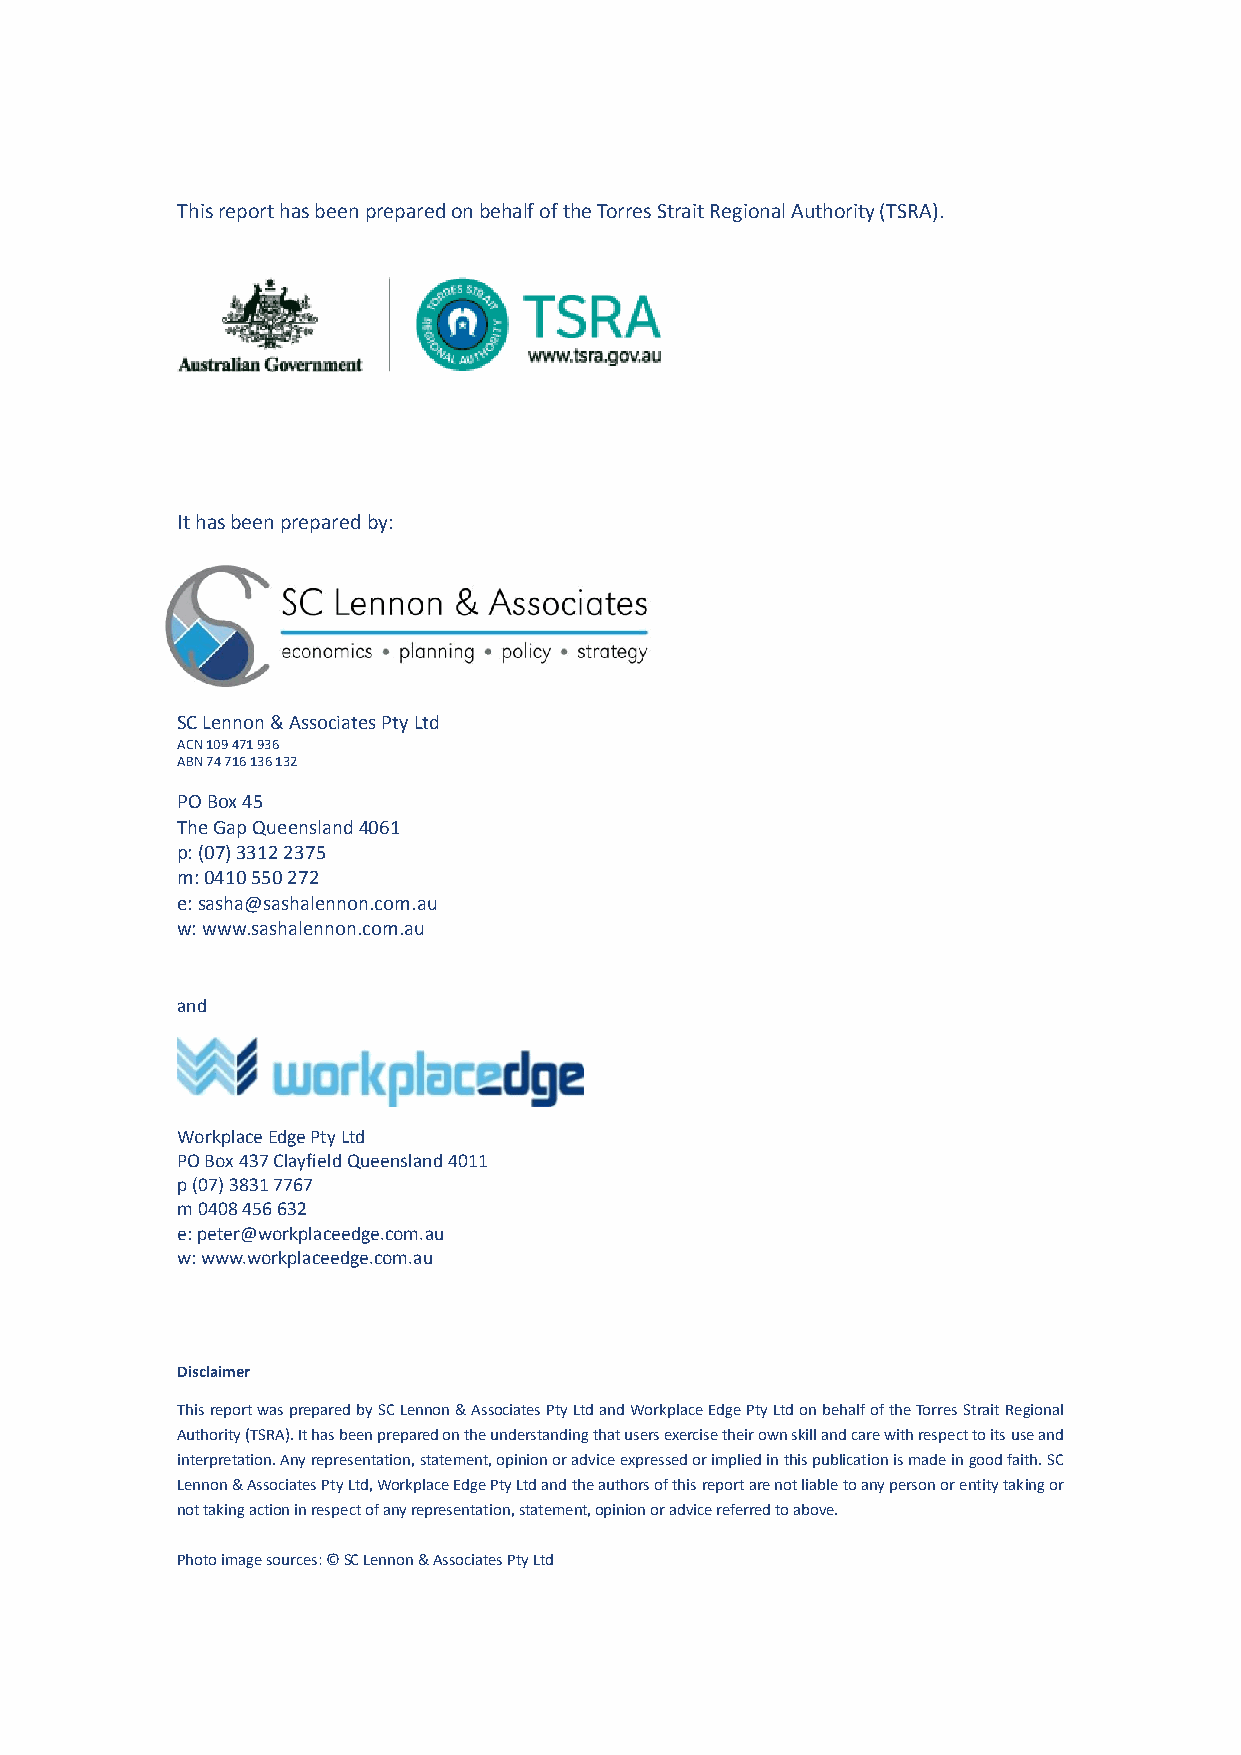
Page 2
 This report has been prepared on behalf of the Torres Strait Regional Authority (TSRA).
 It has been prepared by:
 SC Lennon & Associates Pty Ltd
 ACN 109 471 936
 ABN 74 716 136 132
 PO Box 45
 The Gap Queensland 4061
 p: (07) 3312 2375
 m: 0410 550 272
 e: sasha@sashalennon.com.au
 w: www.sashalennon.com.au
 and
 Workplace Edge Pty Ltd
 PO Box 437 Clayfield Queensland 4011
 p (07) 3831 7767
 m 0408 456 632
 e: peter@workplaceedge.com.au
 w: www.workplaceedge.com.au
 Disclaimer
 This report was prepared by SC Lennon & Associates Pty Ltd and Workplace Edge Pty Ltd on behalf of the Torres Strait Regional
 Authority (TSRA). It has been prepared on the understanding that users exercise their own skill and care with respect to its use and
 interpretation. Any representation, statement, opinion or advice expressed or implied in this publication is made in good faith. SC
 Lennon & Associates Pty Ltd, Workplace Edge Pty Ltd and the authors of this report are not liable to any person or entity taking or
 not taking action in respect of any representation, statement, opinion or advice referred to above.
 Photo image sources: © SC Lennon & Associates Pty Ltd